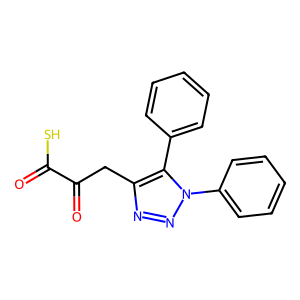
SMILES: O=C(S)C(=O)Cc1nnn(-c2ccccc2)c1-c1ccccc1
Inhibits HIV replication: No